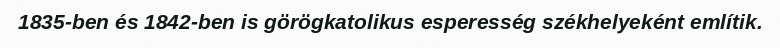
1835-ben és 1842-ben is görögkatolikus esperesség székhelyeként említik.